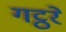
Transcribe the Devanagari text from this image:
गट्ठरे